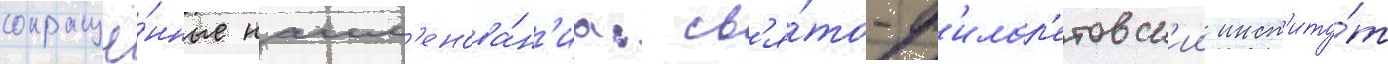
сокращё́нные наим'енова́н'иа: св'я́то-ф'илар'етовск'ии инст'иту́т